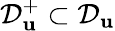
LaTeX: \mathcal{D}_{\mathbf{u}}^{+}\subset\mathcal{D}_{\mathbf{u}}